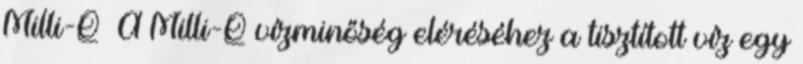
Milli-Q® A Milli-Q vízminőség eléréséhez a tisztított víz egy